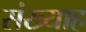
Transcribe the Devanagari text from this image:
संख्याह